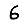
Digit: 6